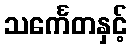
သင်္ကေတနှင့်